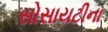
સોસાયટીના